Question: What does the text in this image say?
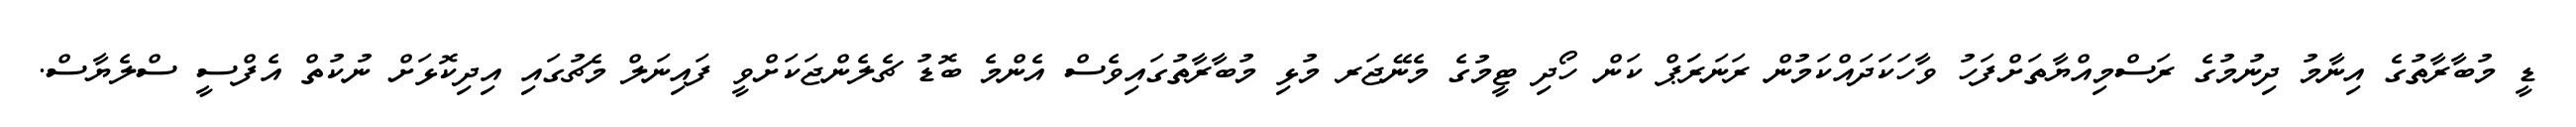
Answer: ޑީ މުބާރާތުގެ އިނާމު ދިނުމުގެ ރަސްމިއްޔާތަށްފަހު ވާހަކަދައްކަމުން ރަނަރަަޕް ކަން ހޯދި ޓީމުގެ މެނޭޖަރ މުޅި މުބާރާތުގައިވެސް އެންމެ ބޮޑު ޗެލެންޖަކަށްވީ ފައިނަލް މެޗުގައި އިދިކޮޅަށް ނުކުތް އެފްސީ ސްލެޔާސް.